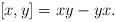
LaTeX: \begin{align*}[x,y] = xy - yx.\end{align*}